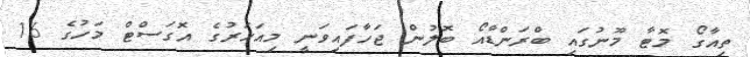
ތިއާގޯ މޮޓާ މޫނުގައި ބްރަންޑާއޯ ބޮލުން ޖަހާފައިވަނީ މިއަހަރުގެ އޮގަސްޓް މަހުގެ 16